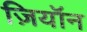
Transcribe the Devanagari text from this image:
ज़ियॉन